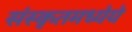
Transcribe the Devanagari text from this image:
संस्कृतमध्येये